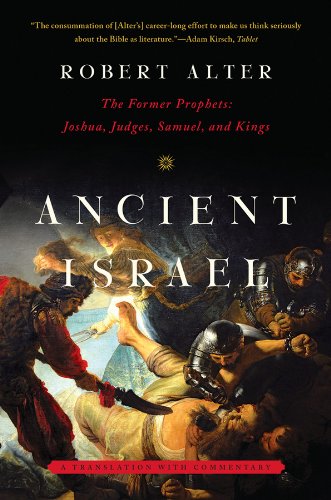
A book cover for Ancient Israel: The Former Prophets: Joshua, Judges, Samuel, and Kings: A Translation with Commentary; Robert Alter; History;